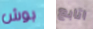
بوش اتابع